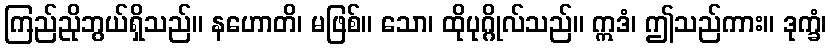
ကြည်ညိုဘွယ်ရှိသည်။ နဟောတိ၊ မဖြစ်။ သော၊ ထိုပုဂ္ဂိုလ်သည်။ ဣဒံ၊ ဤသည်ကား။ ဒုက္ခံ၊